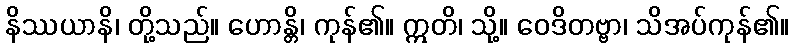
နိဿယာနိ၊ တို့သည်။ ဟောန္တိ၊ ကုန်၏။ ဣတိ၊ သို့။ ဝေဒိတဗ္ဗာ၊ သိအပ်ကုန်၏။